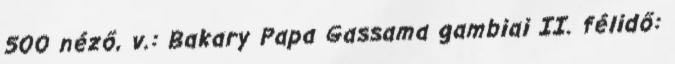
500 néző, v.: Bakary Papa Gassama gambiai II. félidő: